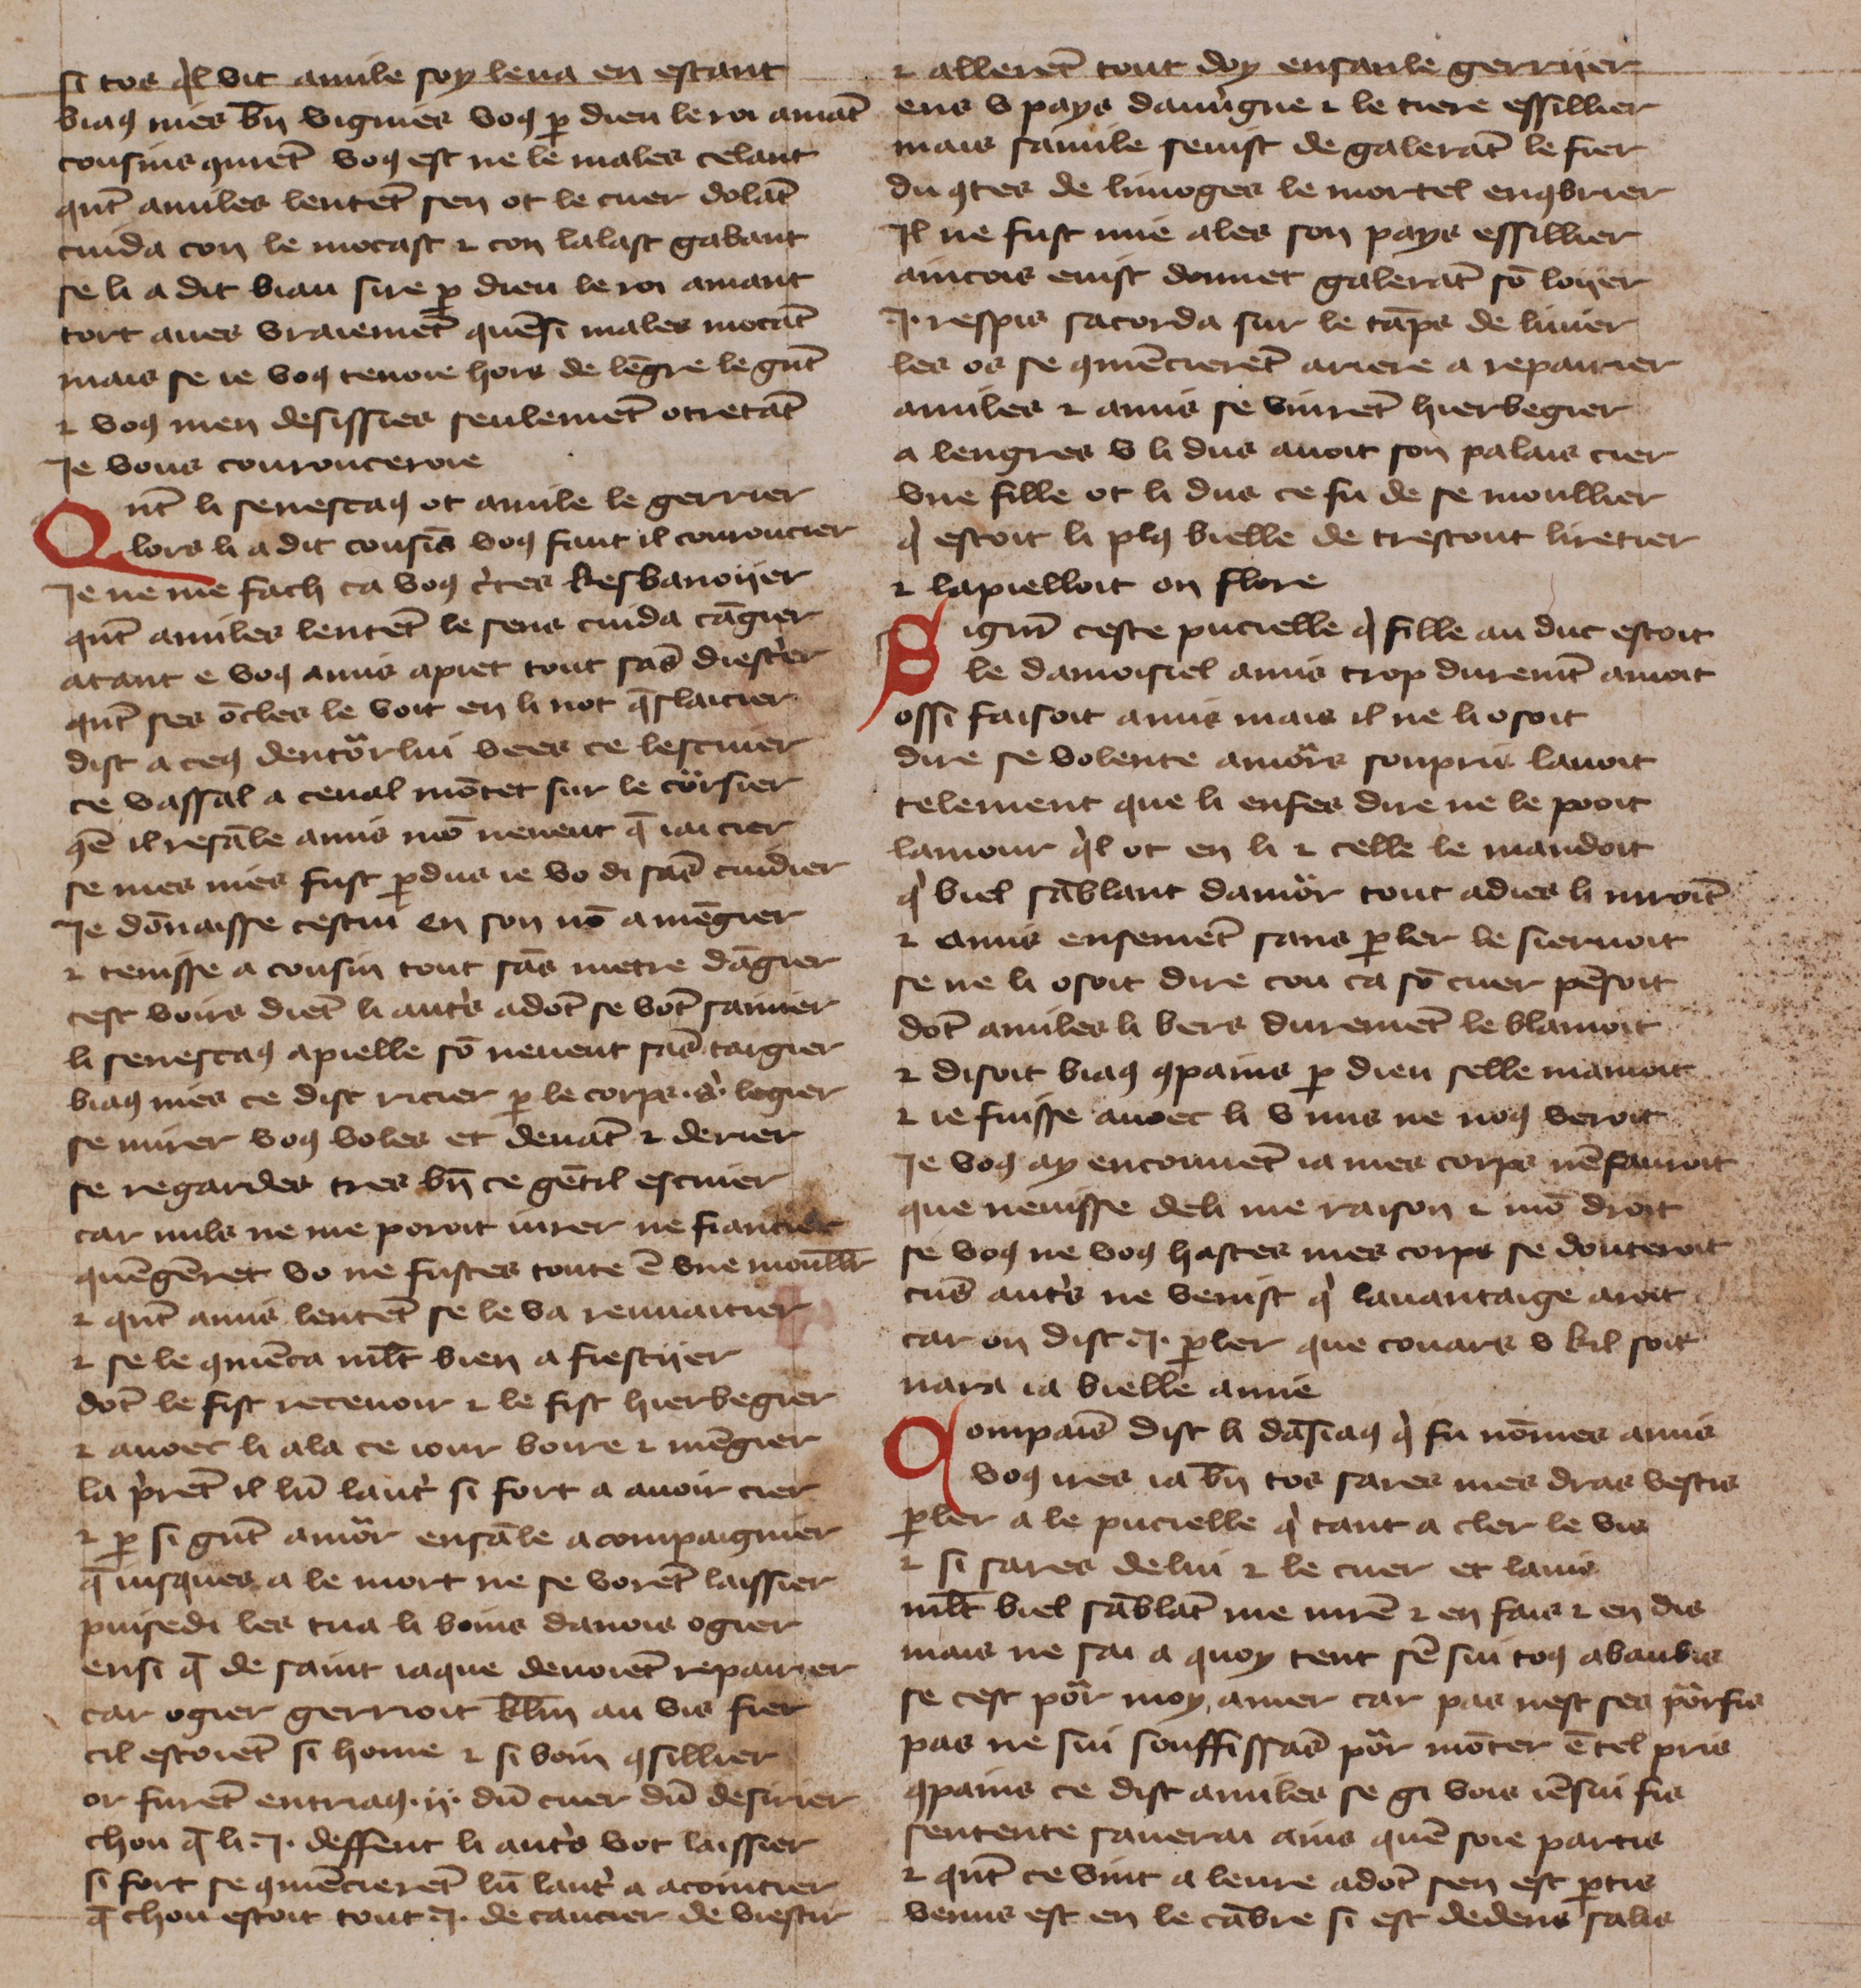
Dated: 1425–1425